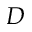
D